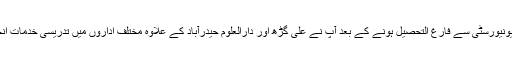
الٰہ آباد یونیورسٹی سے فارغ التحصیل ہونے کے بعد آپ نے علی گڑھ اور دارالعلوم حیدرآباد کے علاوہ مختلف اداروں میں تدریسی خدمات انجام دیں۔